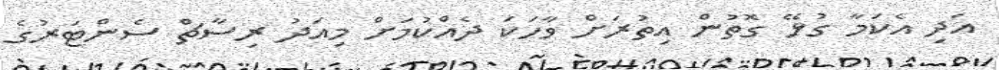
އަދި އެކަމާ ގުޅޭ ގޮތުން އިތުރަށް ވާހަކަ ދެއްކުމަށް މިއަދު ރިސާޗް ސެންޓަރުގެ